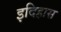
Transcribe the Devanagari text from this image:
इदिहास